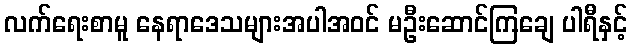
လက်ရေးစာမူ နေရာဒေသများအပါအဝင် မဦးဆောင်ကြချေ ပါရီနှင့်